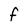
Character: F